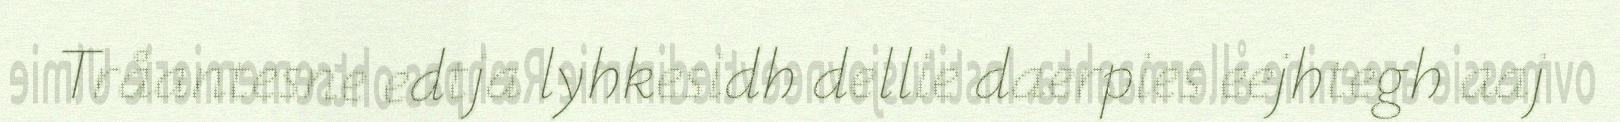
Tråantesne edtja lyhkesidh dellie daerpies eejhtegh aaj